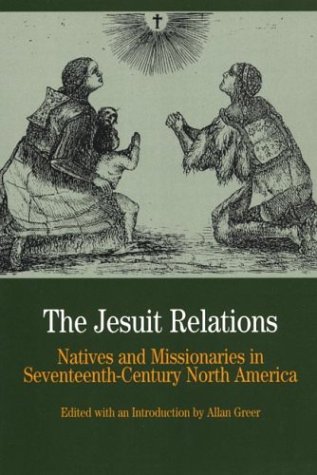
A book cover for The Jesuit Relations: Natives and Missionaries in Seventeenth-Century North America (Bedford Cultural Editions Series); History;